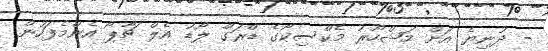
- ދުނިޔެ އަށް މަޝްހޫރު މެކްސިކޯގެ ޑްރަގް ލޯޑު އެލް ޗާޕޯ އެންމެފަހުން